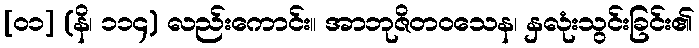
[၀၁] (နိ၊ ၁၁၄) လည်းကောင်း။ အာဘုဇိတဝသေန၊ နှလုံးသွင်းခြင်း၏